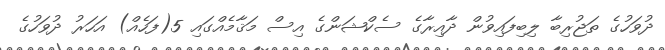
ދުވަހުގެ ތަޖުރިބާ ލިބިފައިވުން ދާއިރާގެ ސެކްޝަންގެ އިސް މަޤާމެއްގައި 5(ފަހެއް) އަހަރު ދުވަހުގެ